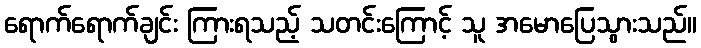
ရောက်ရောက်ချင်း ကြားရသည့် သတင်းကြောင့် သူ အမောပြေသွားသည်။